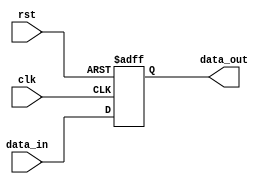
module SimpleBypass(
    input wire clk,
    input wire rst,
    input wire data_in,
    output reg data_out
);

reg data;

always @(posedge clk or posedge rst) begin
    if (rst) begin
        data <= 1'b0;
    end else begin
        data <= data_in;
    end
end

assign data_out = data;

endmodule